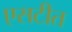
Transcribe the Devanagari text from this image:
एसटीत